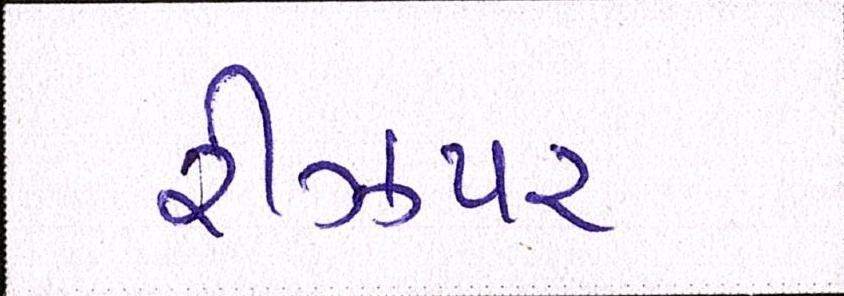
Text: રીઝપર